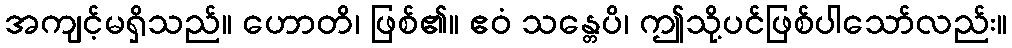
အကျင့်မရှိသည်။ ဟောတိ၊ ဖြစ်၏။ ဧဝံ သန္တေပိ၊ ဤသို့ပင်ဖြစ်ပါသော်လည်း။